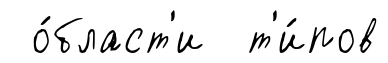
о́бласт'и т'и́пов